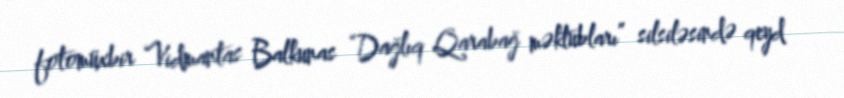
fotomüxbir Vidmantas Balkunas “Dağlıq Qarabağ məktubları” silsiləsində qeyd